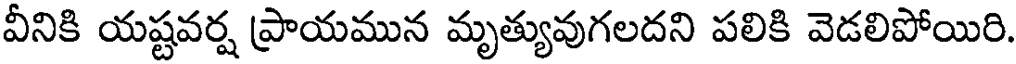
వీనికి యష్టవర్ష ప్రాయమున మృత్యువుగలదని పలికి వెడలిపోయిరి.